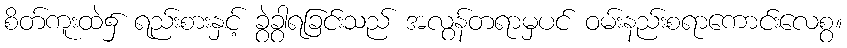
စိတ်ကူးထဲ၌ ရည်းစားနှင့် ခွဲခွာရခြင်းသည် အလွန်တရာမှပင် ဝမ်းနည်းစရာကောင်းလေစွ။